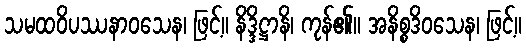
သမထဝိပဿနာဝသေန၊ ဖြင့်။ နိဒ္ဒိဋ္ဌာနိ၊ ကုန်၏။ အနိစ္စဒိဝသေန၊ ဖြင့်။